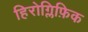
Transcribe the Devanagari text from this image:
हिरोग्लिफ़िक